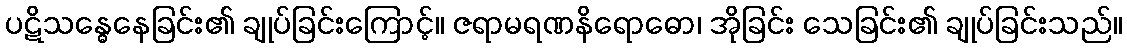
ပဋိသန္ဓေနေခြင်း၏ ချုပ်ခြင်းကြောင့်။ ဇရာမရဏနိရောဓော၊ အိုခြင်း သေခြင်း၏ ချုပ်ခြင်းသည်။